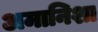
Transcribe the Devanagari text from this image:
अमानिशा